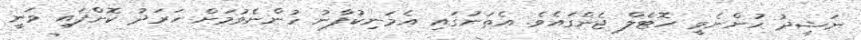
ނަޝީދު ހުންނެވީ ހޮޓެލް ޖެންގައެވެ. އެތަނުގައި އެމަނިކުފާނު ހުންނެވުމަށް ހަރަދު ކޮށްފައި ވަނީ